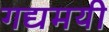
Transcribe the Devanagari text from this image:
गद्यमयी